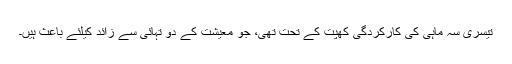
تیسری سہ ماہی کی کارکردگی کھپت کے تحت تھی، جو معیشت کے دو تہائی سے زائد کیلئے باعث ہیں۔